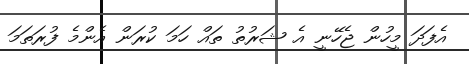
އެފަދަ މީހުން ޖެހޭނީ އެ ޝަރުތު ތައް ހަމަ ކުރަން އެންމެ ފުރަތަމަ